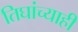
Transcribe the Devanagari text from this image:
तिघांच्याही